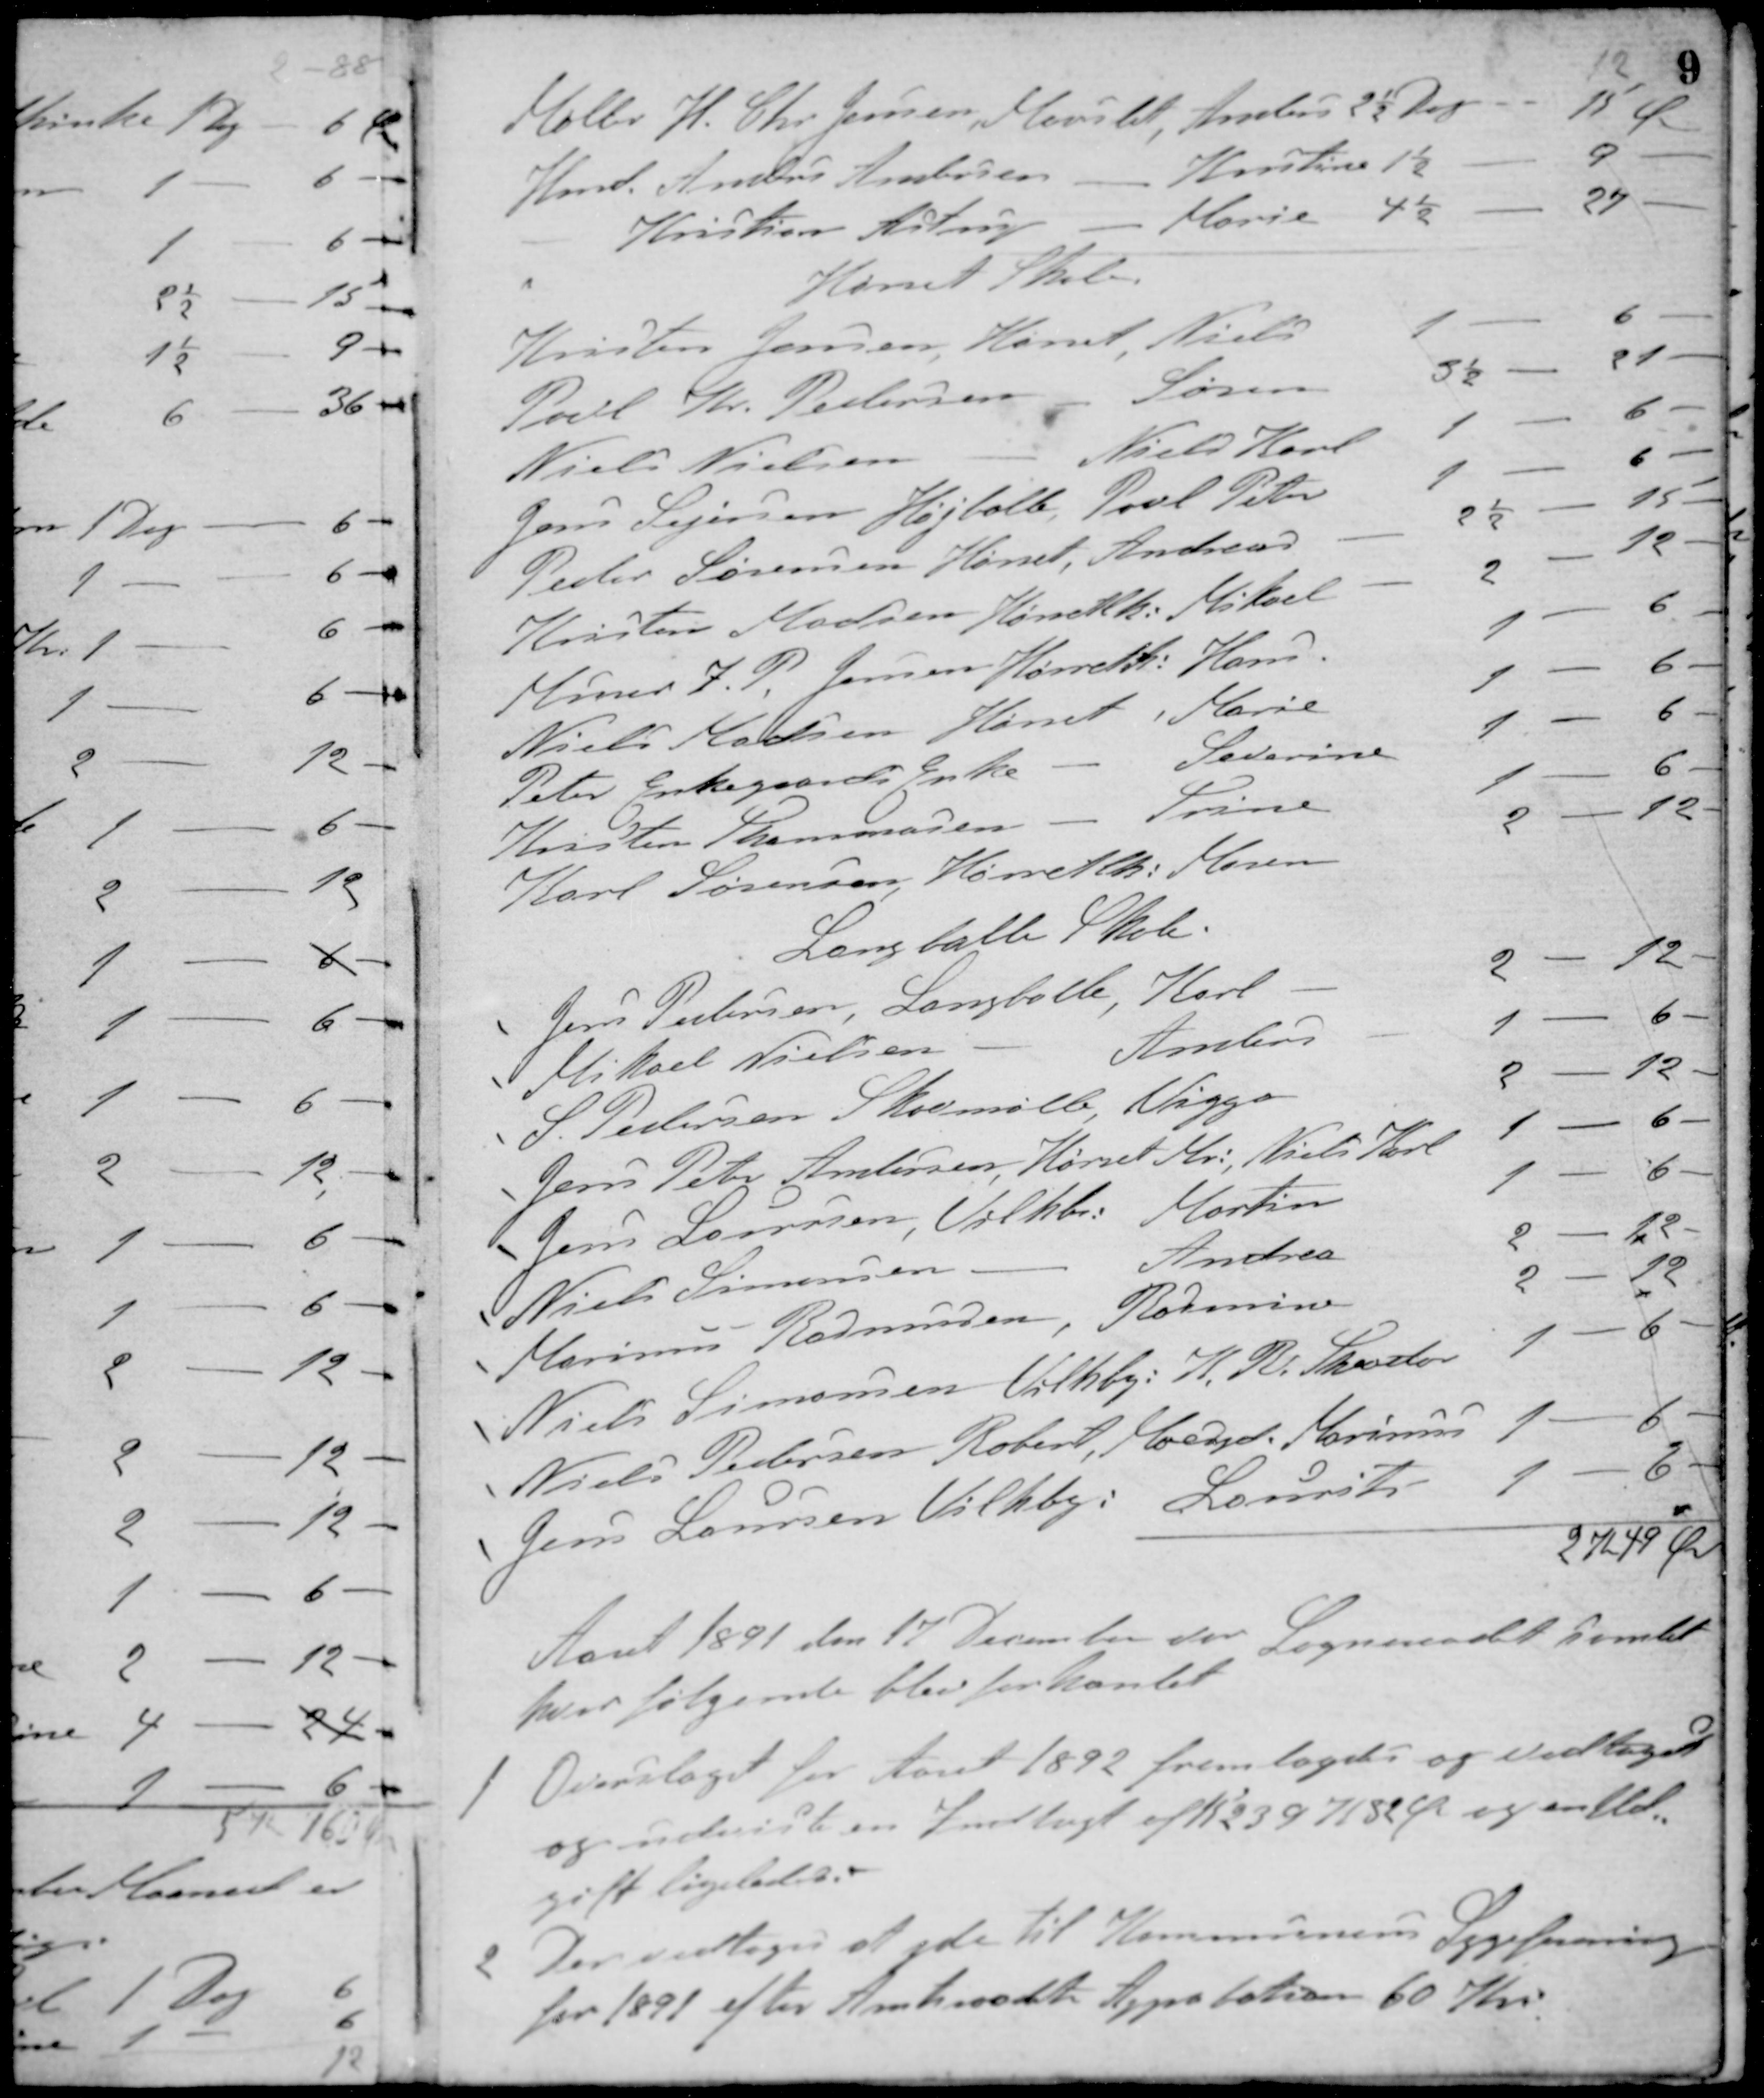
Transskription:
12
Møller H. Chr. Jensen, Maarslet, Analis 2½ Dag - 15 Øre
Hmd. Anders Andersen - Kirstine 1½ - - 9 -
- Kristian Astrup - Marie 4½ - - 27 -
Hørret Skole.
Kristen Jensen, Hørret, Niels 1 - - 6 -
Poul Kr. Pedersen - Søren 3½ - - 21 -
Niels Nielsen - Niels Karl 1 - - 6 -
Jens Sejersen Højballe, Poul Peter 1 - - 6 -
Peder Sørensen Hørret, Andreas 2½ - - 15 -
Kristen Madsen, Hørretlk. Mikael 2 - - 12 -
Murer J. P. Jensen, Hørretlk. Hans 1 - - 6 -
Niels Madsen Hørret, Marie 1 - - 6 -
Peter Enkegaards Enke - Savarine 1 - - 6 -
Kristen Thommasen - Sørine 1 - - 6 -
Karl Sørensen, Hørretlk, Maren 2 - - 12 -
Langballe Skole.
Jens Petersen, Langballe, Karl 2 - - 12 -
Mikael Nielsen, - Anelis 1 - - 6 -
S. Pedersen Skovmølle, Viggo 2 - - 12 -
Jens Peter Andersen, Hørret Ma., Niels Karl 1 - - 6 -
Jens Lauersen, Vilhbo. Martin 1 - - 6 -
Niels Simonsen, - Andrea 2 - - 12 -
Marinus Rasmussen, Rasmine 2 - - 12 -
Niels Simonsen Vilhbg., K. R. Skerder 1 - - 6 -
Niels Pedersen Robert, Moesgd. Marinus 1 - - 6 -
Jens Laursen Vilhbg., Laurits 1 - - 6 -
2 Kr. 49 Øre
Aaret 1891 den 17 December var Sogneraadet samlet
hvor følgende blev forhandlet
1 Overslaget for Aaret 1892 fremlagdes og vedtoges
og udviste en Indtægt af Kr. 239 K 82 Øre og en Ud-
gift ligeledes.
2 Der vedtoges at yde til Kommunens Sygeforening
for 1891 efter Amtsraadets Approbation 60 Kr.